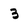
Character: 3